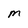
Character: M